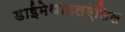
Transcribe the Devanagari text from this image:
डाईमेथाइलएलिल